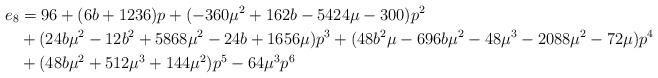
LaTeX: \begin{align*}e_8&=96+ (6 b+1236) p+ (-360 \mu^2+162 b-5424 \mu-300) p^2\\ &+ (24 b\mu^2-12 b^2+5868 \mu^2-24 b+1656 \mu) p^3+ (48 b^2\mu-696 b\mu^2-48 \mu^3-2088 \mu^2-72 \mu) p^4\\&+ (48 b\mu^2+512 \mu^3+144 \mu^2) p^5-64 \mu^3 p^6\end{align*}